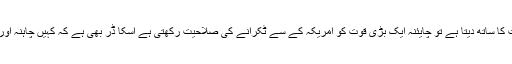
اور امریکہ پاکستان کو تنہا کر کے اگر بھارت کا ساتھ دیتا ہے تو چایئنہ ایک بڑی قوت کو امریکہ کے سے ٹکرانے کی صلاحیت رکھتی ہے اسکا ڈر بھی ہے کہ کہیں چاہنہ اور پاکستان مل کر دونوں کا ہی شکار نا کر لیں ۔